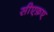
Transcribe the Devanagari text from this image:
सीएफ़ए